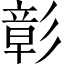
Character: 彰